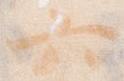
六